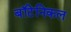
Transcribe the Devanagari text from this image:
बॉटेनिकल